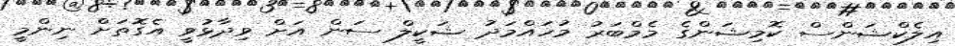
އިލެކްޝަންސް ކޮމިޝަންގެ މެމްބަރު މުހައްމަދު ޝަކީލް ސަން އަށް ވިދާޅުވީ އެގޮތަށް ނިންމީ